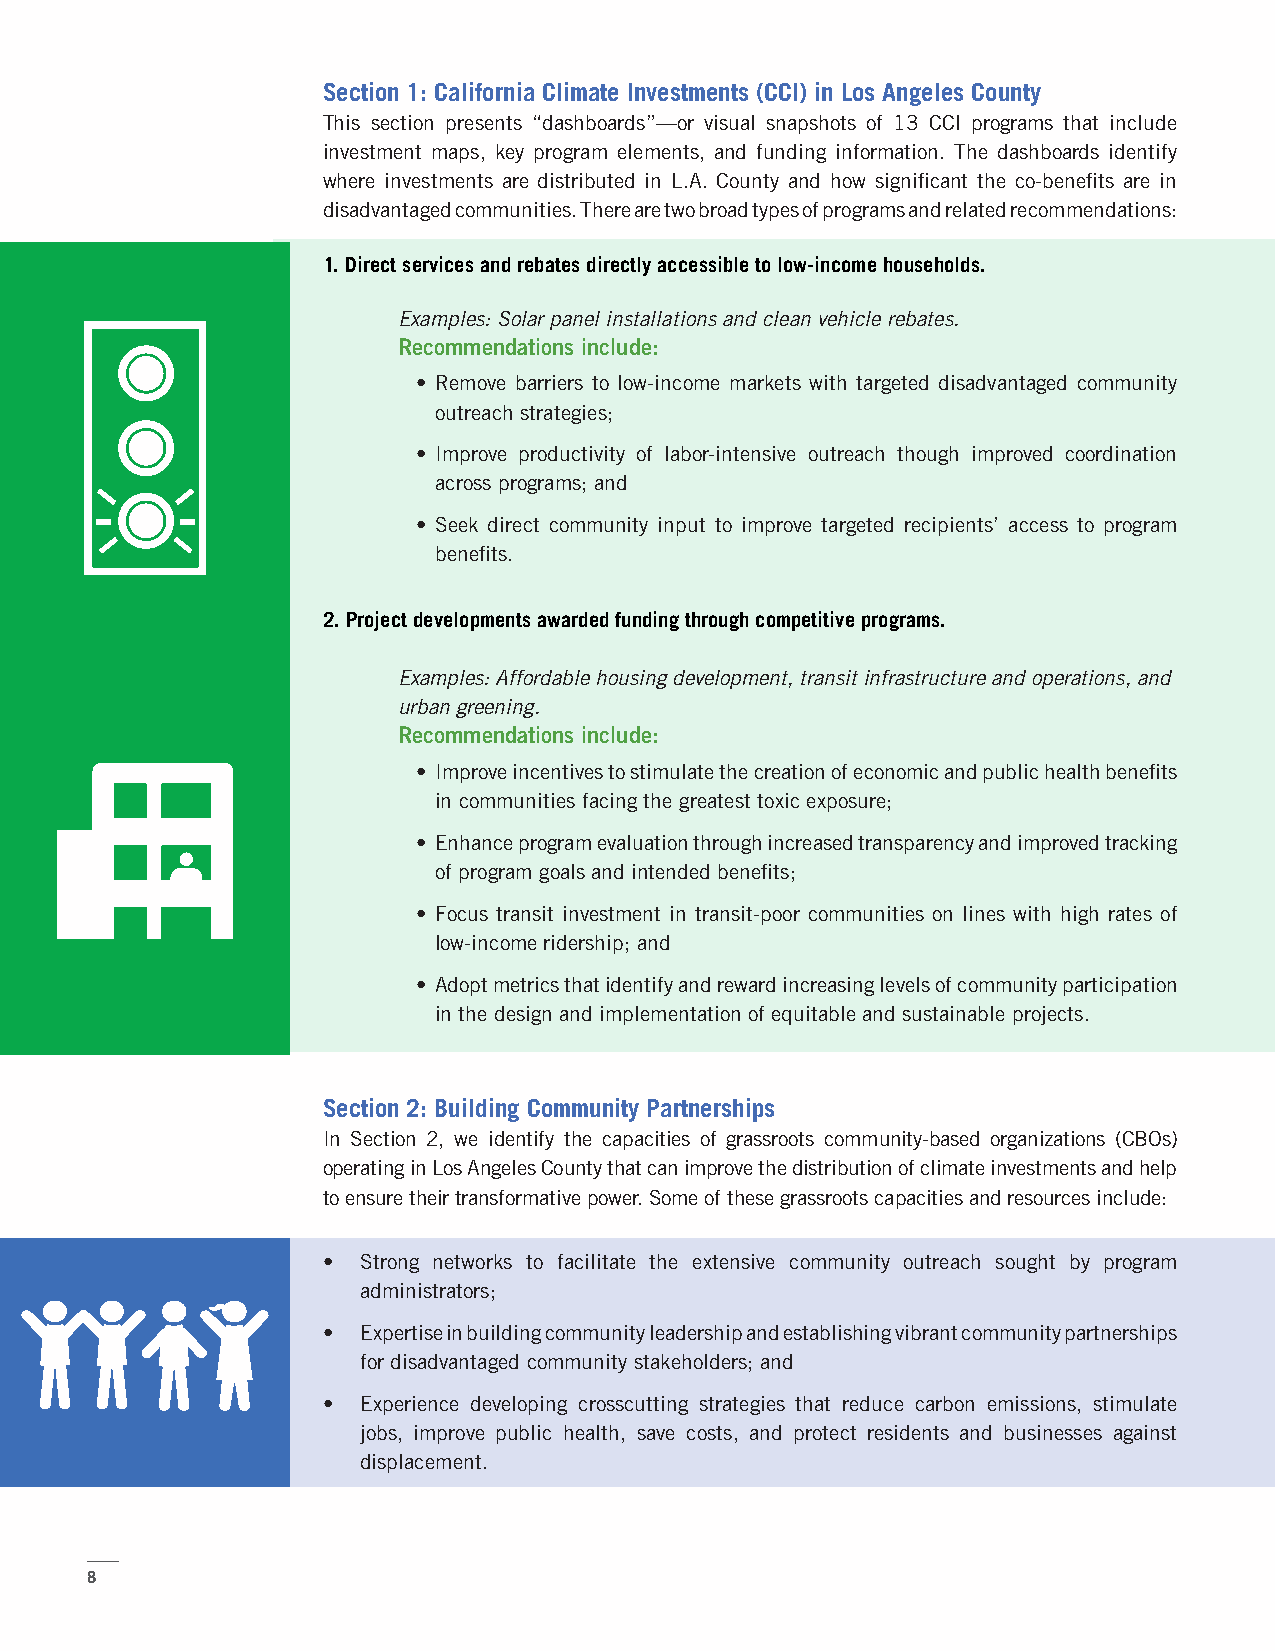
Section 1: California Climate Investments (CCI) in Los Angeles County
 This section presents “dashboards”—or visual snapshots of 13 CCl programs that include
 investment maps, key program elements, and funding information. The dashboards identify
 where investments are distributed in L.A. County and how significant the co-benefits are in
 disadvantaged communities. There are two broad types of programs and related recommendations:
 1. Direct services and rebates directly accessible to low-income households.
 Examples: Solar panel installations and clean vehicle rebates.
 Recommendations include:
 • Remove barriers to low-income markets with targeted disadvantaged community
 outreach strategies;
 • Improve productivity of labor-intensive outreach though improved coordination
 across programs; and
 • Seek direct community input to improve targeted recipients’ access to program
 benefits.
 2. Project developments awarded funding through competitive programs.
 Examples: Affordable housing development, transit infrastructure and operations, and
 urban greening.
 Recommendations include:
 • Improve incentives to stimulate the creation of economic and public health benefits
 in communities facing the greatest toxic exposure;
 • Enhance program evaluation through increased transparency and improved tracking
 of program goals and intended benefits;
 • Focus transit investment in transit-poor communities on lines with high rates of
 low-income ridership; and
 • Adopt metrics that identify and reward increasing levels of community participation
 in the design and implementation of equitable and sustainable projects.
 Section 2: Building Community Partnerships
 In Section 2, we identify the capacities of grassroots community-based organizations (CBOs)
 operating in Los Angeles County that can improve the distribution of climate investments and help
 to ensure their transformative power. Some of these grassroots capacities and resources include:
 •  Strong networks to facilitate the extensive community outreach sought by program
 administrators;
 •  Expertise in building community leadership and establishing vibrant community partnerships
 for disadvantaged community stakeholders; and
 •  Experience developing crosscutting strategies that reduce carbon emissions, stimulate
 jobs, improve public health, save costs, and protect residents and businesses against
 displacement.
 8